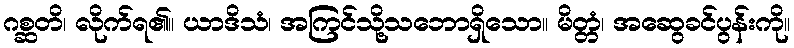
ဂစ္ဆတိ၊ လိုက်ရ၏။ ယာဒိသံ၊ အကြင်သို့သဘောရှိသော။ မိတ္တံ၊ အဆွေခင်ပွန်းကို။